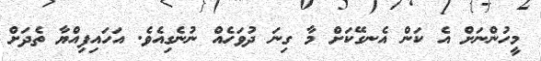
މީހުންނަށް އެ ކަން އެނގޭކަށް މާ ގިނަ ދުވަހެއް ނުނެގިއެވެ. އަހައިފިއްޔާ ތެދަށް